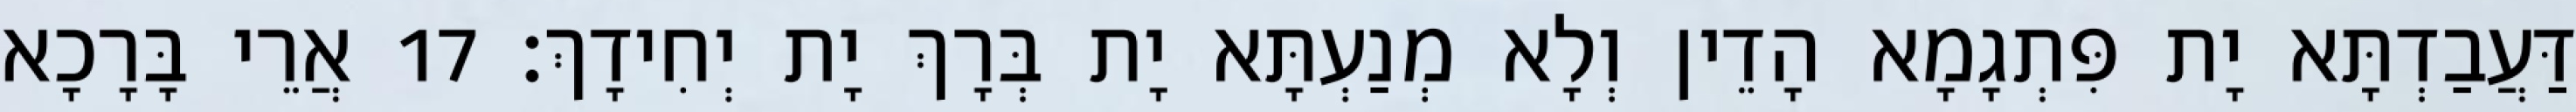
דַּעֲבַדְתָּא יָת פִּתְגָמָא הָדֵין וְלָא מְנַעְתָּא יָת בְּרָךְ יָת יְחִידָךְ׃ 17 אֲרֵי בָּרָכָא